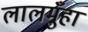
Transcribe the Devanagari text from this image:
लालमुँहा